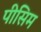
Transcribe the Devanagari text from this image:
पीसिम